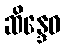
ဆိန္ဒေဝ